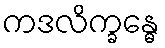
ကဒလိက္ခန္ဓေ